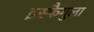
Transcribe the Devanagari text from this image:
इस्फैगुला